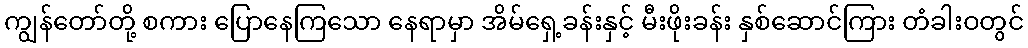
ကျွန်တော်တို့ စကား ပြောနေကြသော နေရာမှာ အိမ်ရှေ့ခန်းနှင့် မီးဖိုးခန်း နှစ်ဆောင်ကြား တံခါးဝတွင်